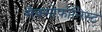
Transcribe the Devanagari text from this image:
सैक्सोफ़ोनिस्ट